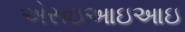
એસઇઆઇઆઇ